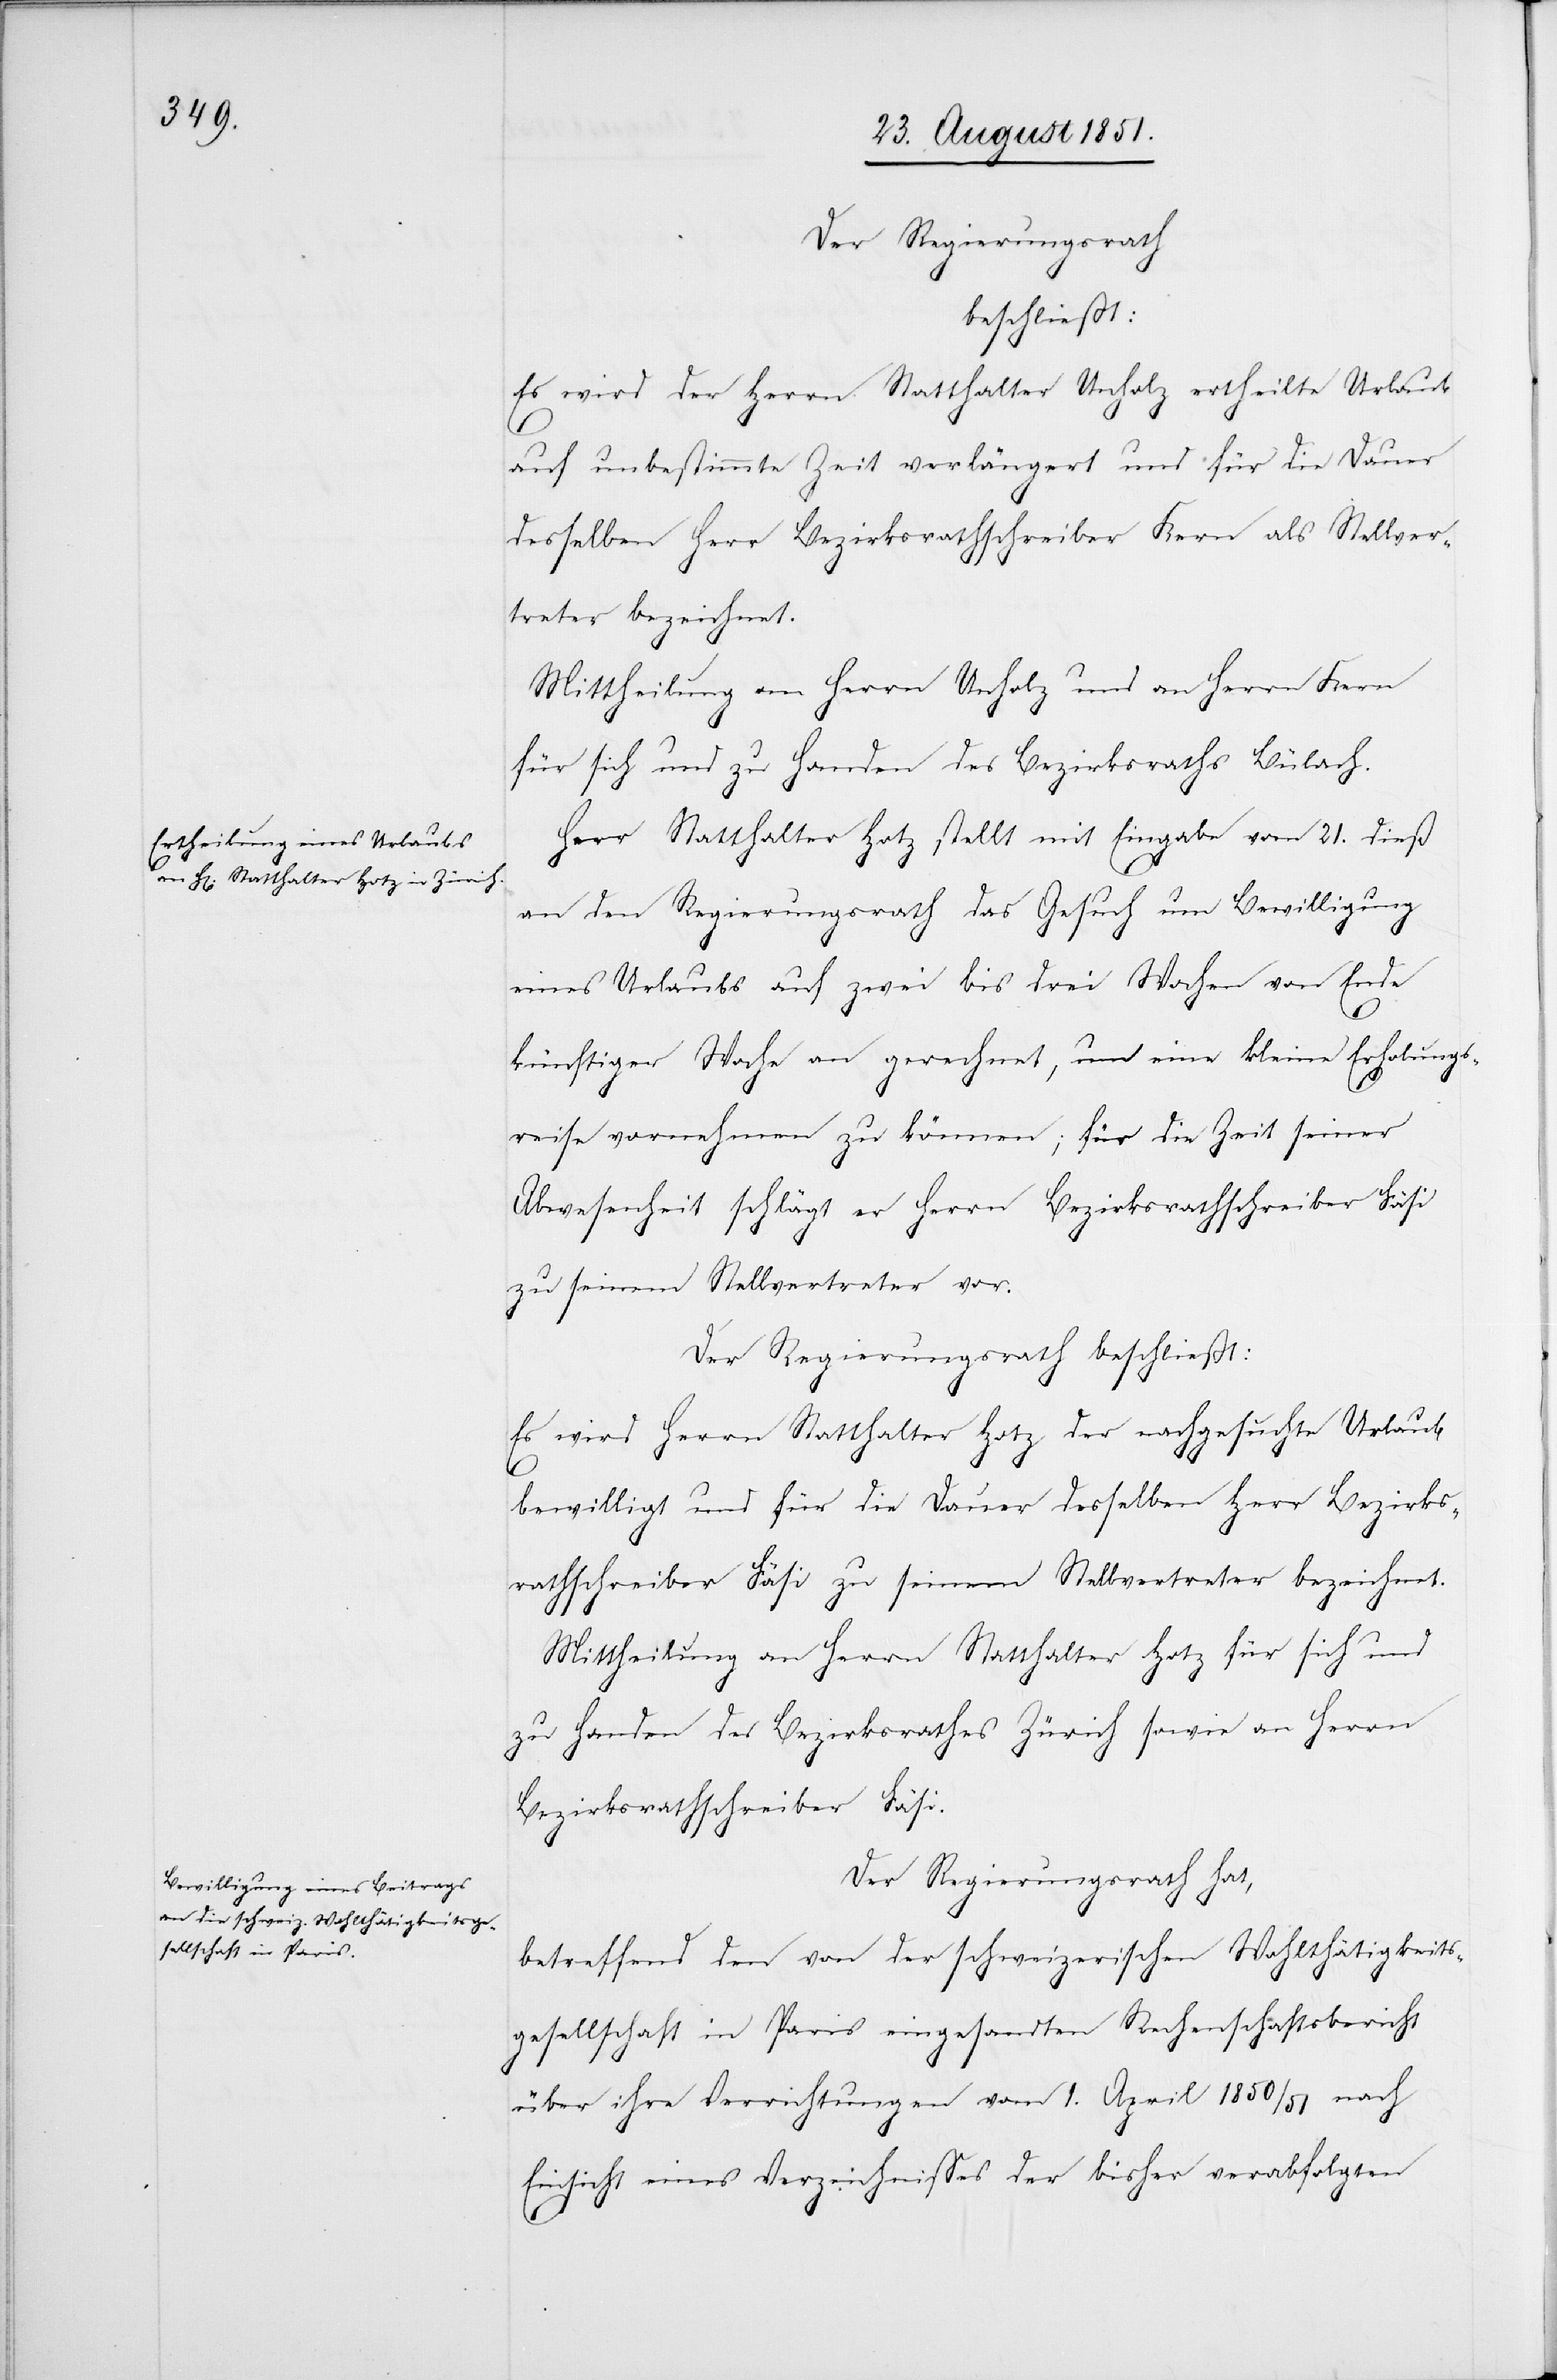
Der Regierungsrath
beschließt:
Es wird der Herrn Statthalter Unholz ertheilte Urlaub
auf unbestimmte Zeit verlängert und für die Dauer
desselben Herr Bezirksrathschreiber Kern als Stellver¬
treter bezeichnet.
Mittheilung an Herrn Unholz und an Herrn Kern
für sich und zu Handen des Bezirksraths Bülach.
Herr Statthalter Hotz stellt mit Eingabe vom 21. dieß
an den Regierungsrath das Gesuch um Bewilligung
eines Urlaubs auf zwei bis drei Wochen von Ende
künftiger Woche an gerechnet, um eine kleine Erholungs¬
reise vornehmen zu können; für die Zeit seiner
Abwesenheit schlägt er Herrn Bezirksrathschreiber Fäsi
zu seinem Stellvertreter vor.
Der Regierungsrath beschließt:
Es wird Herrn Statthalter Hotz der nachgesuchte Urlaub
bewilligt und für die Dauer desselben Herr Bezirks¬
rathschreiber Fäsi zu seinem Stellvertreter bezeichnet.
Mittheilung an Herrn Statthalter Hotz für sich und
zu Handen des Bezirksrathes Zürich sowie an Herrn
Bezirksrathschreiber Fäsi.
Der Regierungsrath hat,
betreffend den von der schweizerischen Wohlthätigkeits¬
gesellschaft in Paris eingesandten Rechenschaftsbericht
über ihre Verrichtungen vom 1. April 1850/51 nach
Einsicht eines Verzeichnisses der bisher verabfolgten